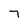
Character: 7